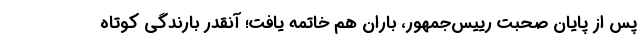
پس از پایان صحبت رییس‌جمهور، باران هم خاتمه یافت؛ آنقدر بارندگی کوتاه